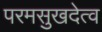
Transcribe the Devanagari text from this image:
परमसुखदेत्व